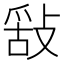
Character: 𢽿